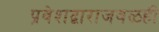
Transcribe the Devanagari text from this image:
प्रवेशद्वाराजवळही